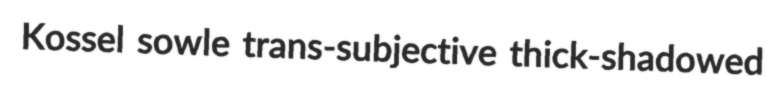
Kossel sowle trans-subjective thick-shadowed